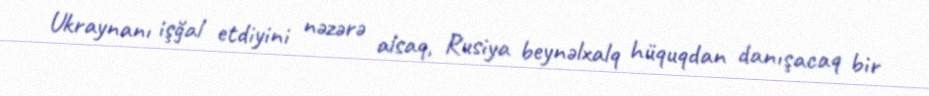
Ukraynanı işğal etdiyini nəzərə alsaq, Rusiya beynəlxalq hüquqdan danışacaq bir